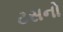
ટસનો